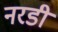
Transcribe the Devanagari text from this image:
नरडी